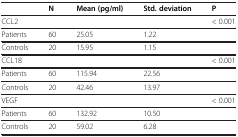
<table><thead><tr><td><b> </b></td><td><b>N</b></td><td><b>Mean (pg/ml)</b></td><td><b>Std. deviation</b></td><td><b>P</b></td></tr></thead><tbody><tr><td>CCL2</td><td> </td><td> </td><td> </td><td>&lt; 0.001</td></tr><tr><td>Patients</td><td>60</td><td>25.05</td><td>1.22</td><td> </td></tr><tr><td>Controls</td><td>20</td><td>15.95</td><td>1.15</td><td> </td></tr><tr><td>CCL18</td><td> </td><td> </td><td> </td><td>&lt; 0.001</td></tr><tr><td>Patients</td><td>60</td><td>115.94</td><td>22.56</td><td> </td></tr><tr><td>Controls</td><td>20</td><td>42.46</td><td>13.97</td><td> </td></tr><tr><td>VEGF</td><td> </td><td> </td><td> </td><td>&lt; 0.001</td></tr><tr><td>Patients</td><td>60</td><td>132.92</td><td>10.50</td><td> </td></tr><tr><td>Controls</td><td>20</td><td>59.02</td><td>6.28</td><td> </td></tr></tbody></table>